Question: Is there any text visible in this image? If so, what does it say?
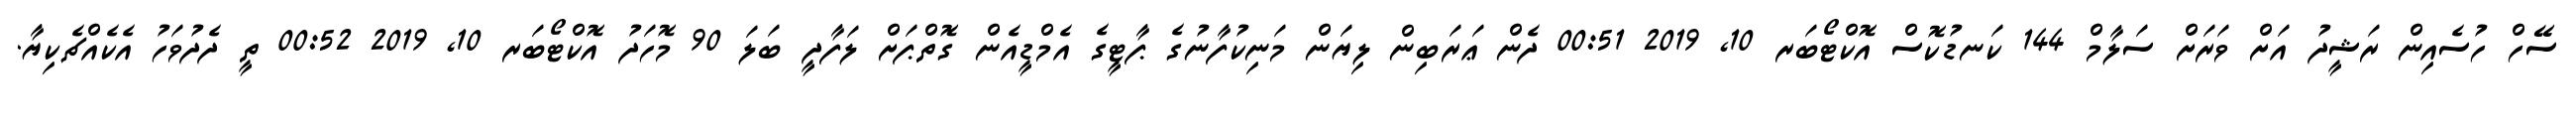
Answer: ސޭހް ހުސެއިން ރަޝީދު އަށް ވަރަށް ސަލާމް 144 ކަނޑުކޮސް އޮކްޓޯބަރ 10, 2019 00:51 ދެން ޢަރަބިން ލިޔަން މަނިކުފާނުގެ ޕާޓީގެ އެމްޑީއެން ގޮތްޕަށް ލަފާދީ ބަލަ 90 މޮހަދު އޮކްޓޯބަރ 10, 2019 00:52 ތީ ދެދުވަހު އެކެއްޗެކިޔާ.